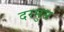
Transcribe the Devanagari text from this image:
दरमुस